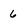
Character: 6